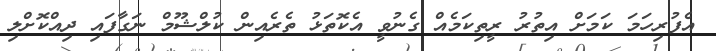
އެފުރިހަމަ ކަމަށް އިތުރު ރީތިކަމެއް ގެނުވީ އެކޮތަޅު ތެރެއިން ކުލްޝޫމް ނަގާފައި ދިއްކޮށްލި